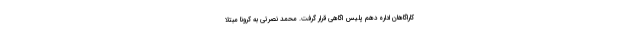
کاراگاهان اداره دهم پلیس اگاهی قرار گرفت. محمد نصرتی به کرونا مبتلا